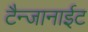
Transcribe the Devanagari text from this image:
टैन्जानाईट